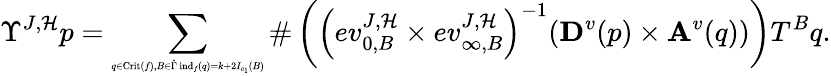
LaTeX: \Upsilon^{J,\mathcal{H}}p=\sum_{\substack{\tiny q\in\mathrm{Crit}(f),B\in\hat{\Gamma}\, \mathrm{ind}_{f}(q)=k+2I_{c_{1}}(B)}}\# \left(\left(ev_{0,B}^{J,\mathcal{H}}\times ev_{\infty,B}^{J,\mathcal{H}}\right)^{-1}(\mathbf{D}^{v}(p)\times\mathbf{A}^{v}(q))\right)T^{B}q.